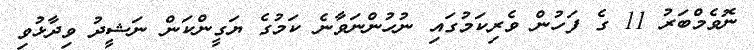
ނޮވެމްބަރު 11 ގެ ފަހުން ވެރިކަމުގައި ނުހުންނަވާނެ ކަމުގެ ޔަގީންކަން ނަޝީދު ވިދާޅުވި